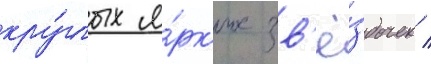
кру́глых я́рк'их зв'ё́здочек /